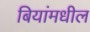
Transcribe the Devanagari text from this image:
बियांमधील